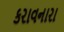
કરાવનારા